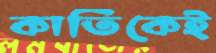
কার্তিকেই